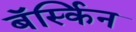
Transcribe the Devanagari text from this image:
बॅर्स्किन